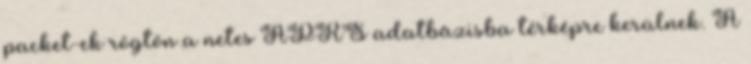
packet-ek rögtön a netes APRS adatbázisba térképre kerülnek. A